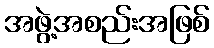
အဖွဲ့အစည်းအဖြစ်